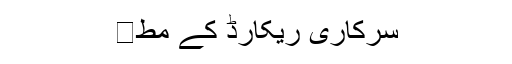
سرکاری ریکارڈ کے مط�